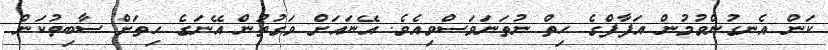
ކަން އެނގުންވުމުން އަފާފްގެ ހިތް ނުތަނަވަސްވިއެވެ. އޭނައަށް ވަގުތުން އޭނަގެ ހިތަށް ސާބިތުކަން